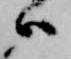
ハ